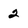
Character: 2